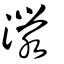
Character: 濴